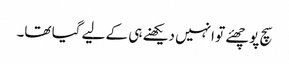
سچ پوچھئے تو انہیں دیکھنے ہی کے لیے گیا تھا۔